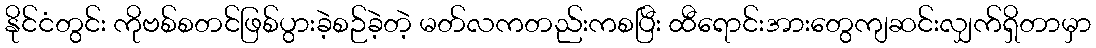
နိုင်ငံတွင်း ကိုဗစ်စတင်ဖြစ်ပွားခဲ့စဉ်ခဲ့တဲ့ မတ်လကတည်းကစပြီး ထီရောင်းအားတွေကျဆင်းလျှက်ရှိတာမှာ